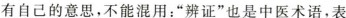
有自己的意思，不能混用：”辨证”也是中医术语，表